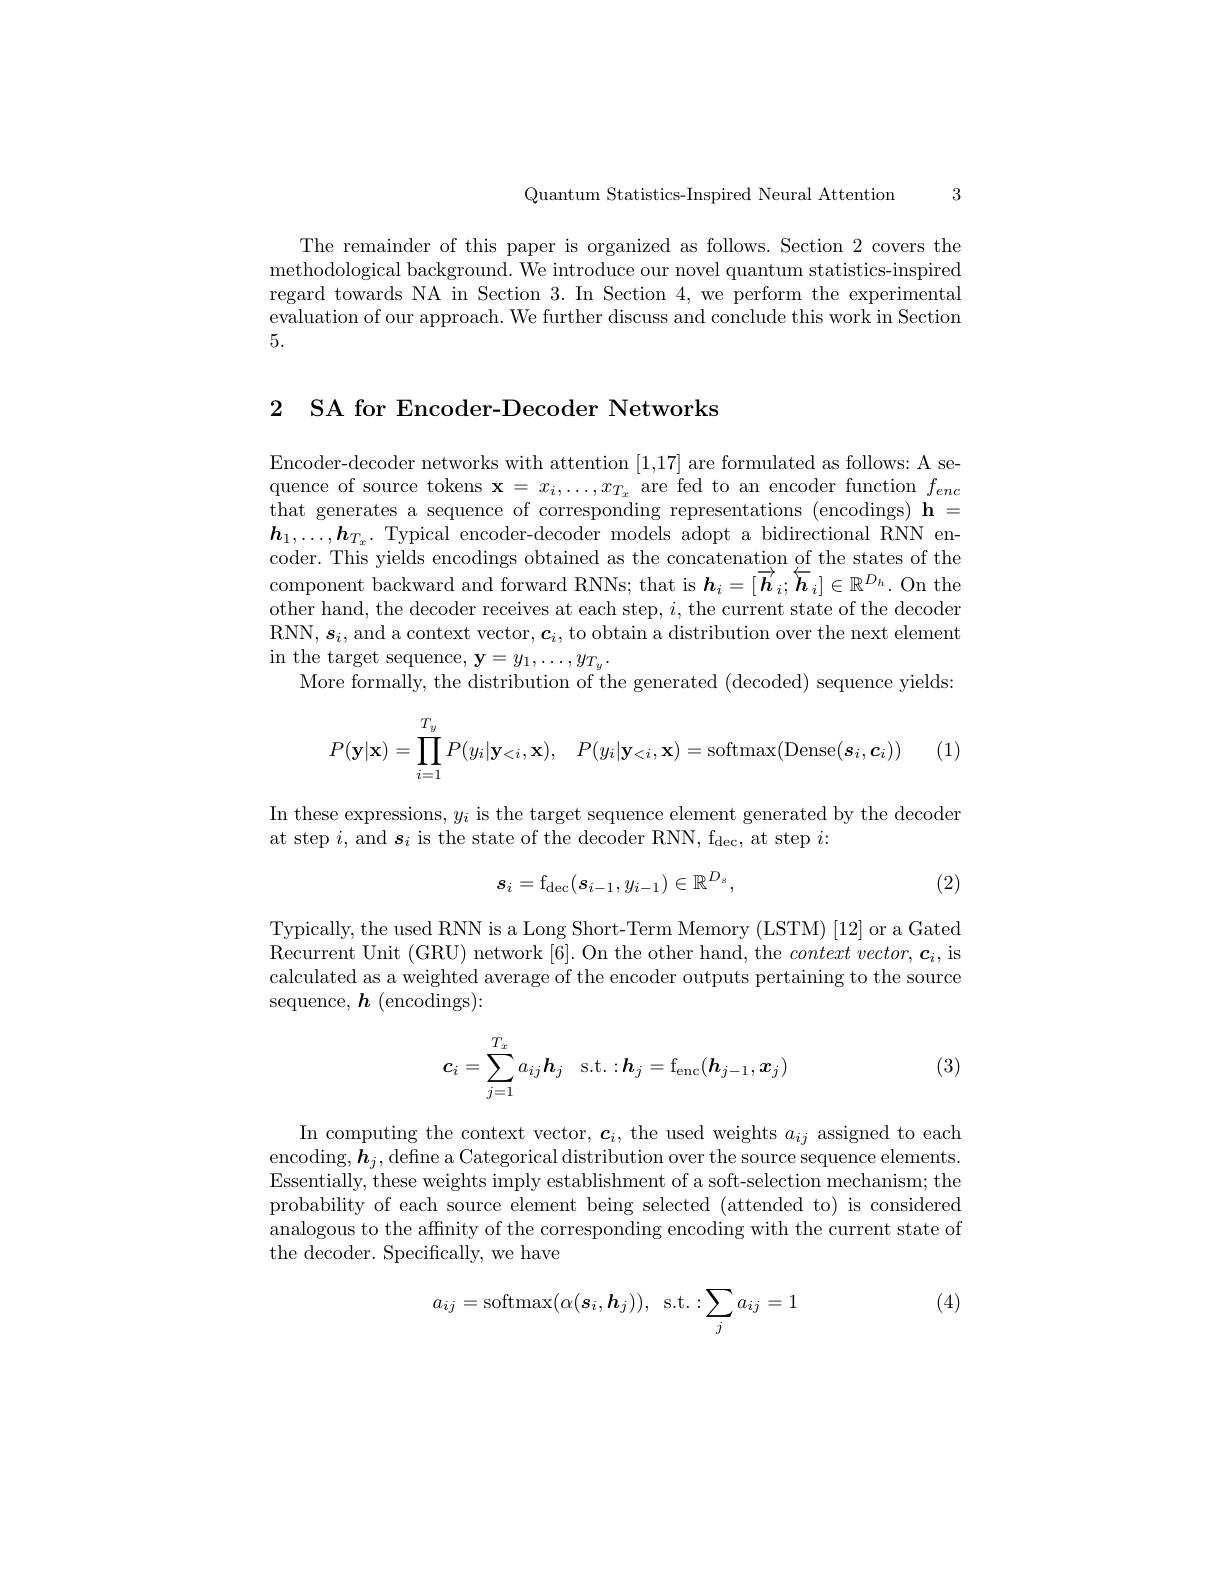
Quantum Statistics-Inspired Neural Attention

3

The remainder of this paper is organized as follows. Section 2 covers the methodological background. We introduce our novel quantum statistics-inspired regard towards NA in Section 3. In Section 4, we perform the experimental evaluation of our approach. We further discuss and conclude this work in Section 5.

2 SA for Encoder-Decoder Networks

Encoder-decoder networks with attention [1,17] are formulated as follows: A sequence of source tokens $\mathbf{x}=x_i,\ldots,x_{T_x}$are fed to an encoder function $f_enc$ that generates a sequence of corresponding representations (encodings) $\mathbf{h}=$ $\boldsymbol{h}_1,\ldots,\boldsymbol{h}_{T_x}.$ Typical encoder-decoder models adopt a bidirectional RNN encoder. This yields encodings obtained as the concatenation of the states of the component backward and forward RNNs; that is $\boldsymbol{h}_i=[\overrightarrow{\boldsymbol{h}}_i;\overleftarrow{\boldsymbol{h}}_i]\in\mathbb{R}^{D_h}.$ On the other hand, the decoder receives at each step, $i$,the current state of the decoden RNN, $\boldsymbol{s}_i$,and a context vector$,\boldsymbol{c}_i$, to obtain a distribution over the next element in the target sequence, y= $y_{1}$, $\ldots$, $y_{T_{y}}$.
More formally, the distribution of the generated (decoded) sequence yields
$$P(\mathbf{y}|\mathbf{x})=\prod_{i=1}^{T_y}P(y_i|\mathbf{y}_{<i},\mathbf{x}),\quad P(y_i|\mathbf{y}_{<i},\mathbf{x})=\mathrm{softmax}(\mathrm{Dense}(\boldsymbol{s}_i,\boldsymbol{c}_i))$$
(1)

In these expressions, $y_i$ is the target sequence element generated by the decoder
at step $i$, and $\boldsymbol{s}_i$ is the state of the decoder RNN, f$_\mathrm{dec}$,at step $i:$

(2)
$$s_i=\mathrm{f}_{\mathrm{dec}}(s_{i-1},y_{i-1})\in\mathbb{R}^{D_s},$$
Typically, the used RNN is a Long Short- Term Memory (LSTM) [12] or a Gated Recurrent Unit (GRU) network [6]. On the other hand, the $contextvector,\boldsymbol{c}_i$,is calculated as a weighted average of the encoder outputs pertaining to the source sequence, $\boldsymbol{h}\allowbreak ( {\mathrm{mod}} $ings):

(3)
$$c_i=\sum_{j=1}^{T_x}a_{ij}\boldsymbol{h}_j\quad\mathrm{s.t.:}\boldsymbol{h}_j=\mathrm{f_{enc}}(\boldsymbol{h}_{j-1},\boldsymbol{x}_j)$$
In computing the context vector, $\boldsymbol{c}_i$, the used weights $a_ij$ assigned to each encoding, $\boldsymbol{h}_j$,define a Categorical distribution over the source sequence elements. Essentially, these weights imply establishment of a soft-selection mechanism; the probability of each source element being selected (attended to) is considered analogous to the affinity of the corresponding encoding with the current state of the decoder. Specifically, we have

(4)
$$a_{ij}=\operatorname{softmax}(\alpha(\boldsymbol{s}_i,\boldsymbol{h}_j)),\:\operatorname{s.t.}:\sum_ja_{ij}=1$$